Problem: 2 × 7 = ?
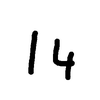
Handwritten answer: 14